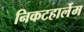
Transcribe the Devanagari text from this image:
निकटहार्लेम